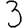
Digit: 3